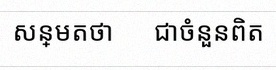
សន្មតថា x ជាចំនួនពិត